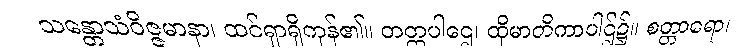
သန္တောသံဝိဇ္ဇမာနာ၊ ထင်ရှာရှိကုန်၏။ တတ္ထပါဌေ၊ ထိုမာတိကာပါဌ်၌။ စတ္တာရော၊